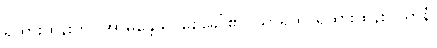
ရထားထိန်းကို။ အာမန္တေသိ၊ စေခေါ်၏။ သာရထိ၊ ရထားထိန်း။ ယာနံ၊